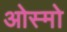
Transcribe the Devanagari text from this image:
ओस्मो